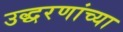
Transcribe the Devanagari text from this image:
उद्धरणांच्या